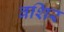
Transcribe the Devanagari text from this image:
बशिर